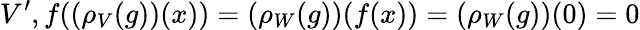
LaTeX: V^{\prime},f((\rho_{V}(g))(x))=(\rho_{W}(g))(f(x))=(\rho_{W}(g))(0)=0